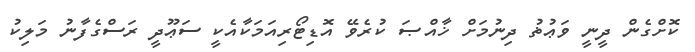
ކޮށްގެން ދީނީ ވަޢުޡު ދިނުމަށް ޚާއްޞަ ކުރެވޭ އޮޑިޓޯރިއަމަކާއެކީ ސަޢޫދީ ރަސްގެފާނު މަލިކު